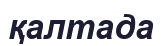
қалтада